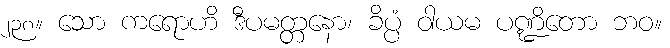
၂၃၈။ သော ကရောဟိ ဒီပမတ္တနော၊ ခိပ္ပံ ဝါယမ ပဏ္ဍိတော ဘဝ။